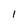
Character: l